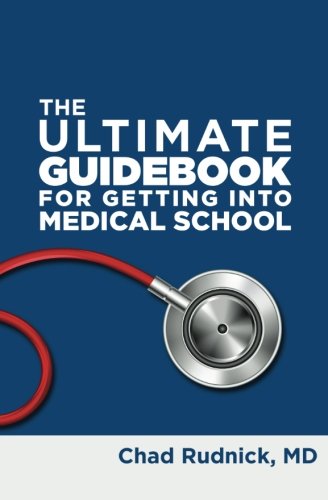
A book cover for The Ultimate Guidebook For Getting Into Medical School; Chad Rudnick MD; Education & Teaching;